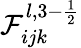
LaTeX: \mathcal{F}_{ijk}^{l,3-\frac{1}{2}}